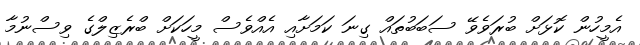
އެމީހުން ކޮޅަށް ބުރަވެވޭ ސަބަބުތައް ގިނަ ކަމަށާއި އެއްވެސް މީހަކަށް ބްރެޒިލްގެ ވިސްނުމާ